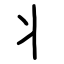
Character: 丬